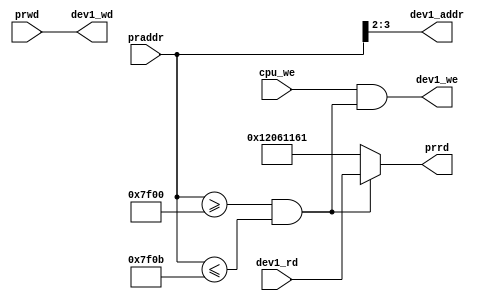
module bridge(praddr,prrd,prwd,cpu_we,dev1_addr,dev1_we,dev1_wd,dev1_rd);
  input     [31:0]     praddr,prwd,dev1_rd;
  input                cpu_we;
  output    [31:0]     dev1_wd,prrd;
  output    [3:2]      dev1_addr;
  output               dev1_we;
  wire                 hit1;
   
  assign  hit1 = (praddr >= 'h7f00)&&(praddr <= 'h7f0b);
  assign  dev1_we = cpu_we&&hit1;
  
  assign dev1_addr = praddr[3:2];
  assign dev1_wd = prwd;
   
  assign prrd = (hit1)?     dev1_rd:'h12061161;
  
endmodule